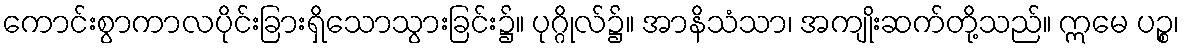
ကောင်းစွာကာလပိုင်းခြားရှိသောသွားခြင်း၌။ ပုဂ္ဂိုလ်၌။ အာနိသံသာ၊ အကျိုးဆက်တို့သည်။ ဣမေ ပဉ္စ၊